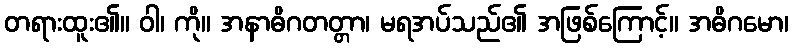
တရားထူး၏။ ဝါ၊ ကို။ အနာဓိဂတတ္တာ၊ မရအပ်သည်၏ အဖြစ်ကြောင့်။ အဓိဂမော၊